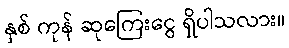
နှစ် ကုန် ဆုကြေးငွေ ရှိပါသလား။